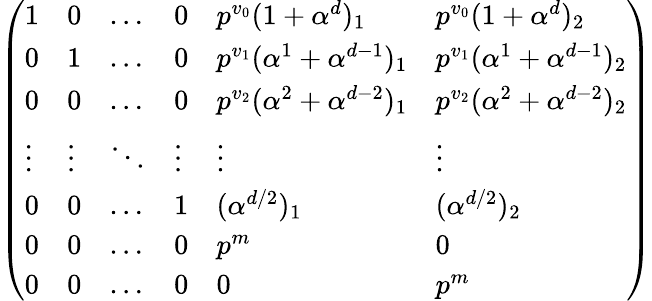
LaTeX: \left(\begin{array}{llllll}{1}&{0}&{\ldots}&{0}&{p^{v_{0}}(1+\alpha^{d})_{1}}&{p^{v_{0}}(1+\alpha^{d})_{2}}\\ {0}&{1}&{\ldots}&{0}&{p^{v_{1}}(\alpha^{1}+\alpha^{d-1})_{1}}&{p^{v_{1}}(\alpha^{1}+\alpha^{d-1})_{2}}\\ {0}&{0}&{\ldots}&{0}&{p^{v_{2}}(\alpha^{2}+\alpha^{d-2})_{1}}&{p^{v_{2}}(\alpha^{2}+\alpha^{d-2})_{2}}\\ {\vdots}&{\vdots}&{\ddots}&{\vdots}&{\vdots}&{\vdots}\\ {0}&{0}&{\ldots}&{1}&{(\alpha^{d/2})_{1}}&{(\alpha^{d/2})_{2}}\\ {0}&{0}&{\ldots}&{0}&{p^{m}}&{0}\\ {0}&{0}&{\ldots}&{0}&{0}&{p^{m}}\end{array}\right)